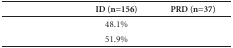
<table><thead><tr><td>[EMPTY_CELL]</td><td><b>ID (n=156)</b></td><td><b>PRD (n=37)</b></td></tr></thead><tbody><tr><td>[EMPTY_CELL]</td><td>48.1%</td><td>[EMPTY_CELL]</td></tr><tr><td>[EMPTY_CELL]</td><td>51.9%</td><td>[EMPTY_CELL]</td></tr></tbody></table>